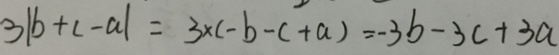
3 \vert b + c - a \vert = 3 \times ( - b - c + a ) = - 3 b - 3 c + 3 a